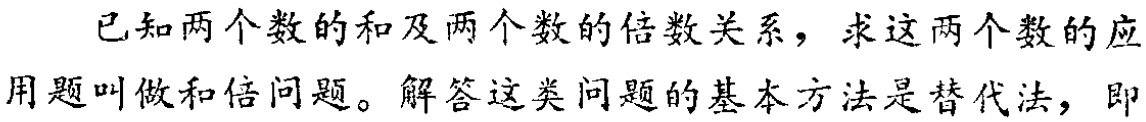
已知两个数的和及两个数的倍数关系，求这两个数的应用题叫做和倍问题。解答这类问题的基本方法是替代法，即